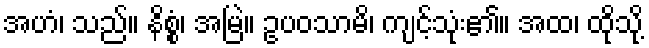
အဟံ၊ သည်။ နိစ္စံ၊ အမြဲ။ ဥပဝသာမိ၊ ကျင့်သုံး၏။ အထ၊ ထိုသို့